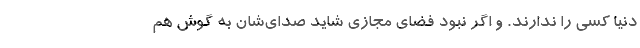
دنیا کسی را ندارند. و اگر نبود فضای مجازی شاید صدای‌شان به گوش هم